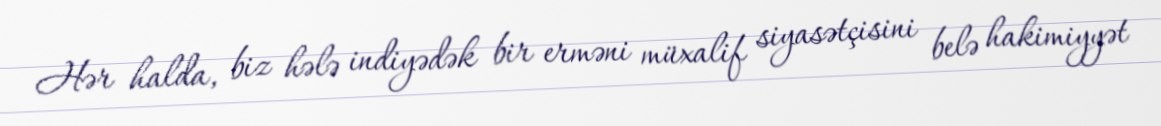
Hər halda, biz hələ indiyədək bir erməni müxalif siyasətçisini belə hakimiyyət